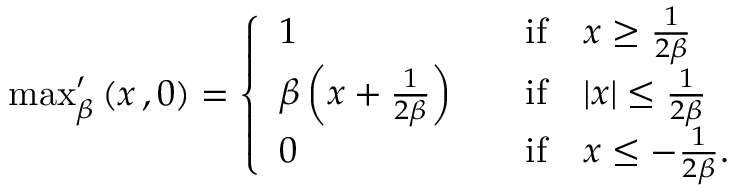
\begin{array} { r } { \operatorname* { m a x } _ { \beta } ^ { \prime } \left( x \, , 0 \right) = \left\{ \begin{array} { l l } { 1 } & { \quad \mathrm { i f } \quad x \ge \frac { 1 } { 2 \beta } } \\ { \beta \left( x + \frac { 1 } { 2 \beta } \right) } & { \quad \mathrm { i f } \quad | x | \le \frac { 1 } { 2 \beta } } \\ { 0 } & { \quad \mathrm { i f } \quad x \le - \frac { 1 } { 2 \beta } . } \end{array} \right. } \end{array}